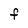
Character: F